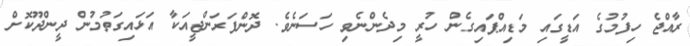
ރާއްޖެ ހިފުމުގެ އަޑީގައި މަޑިއްޕައިގެން ހުރީ މިދެންނެވި ހަސަނެވެ. ދޮންފަރަންޖީއަކާ އަޅައިގަތުމުން ދީންދޫކޮށް